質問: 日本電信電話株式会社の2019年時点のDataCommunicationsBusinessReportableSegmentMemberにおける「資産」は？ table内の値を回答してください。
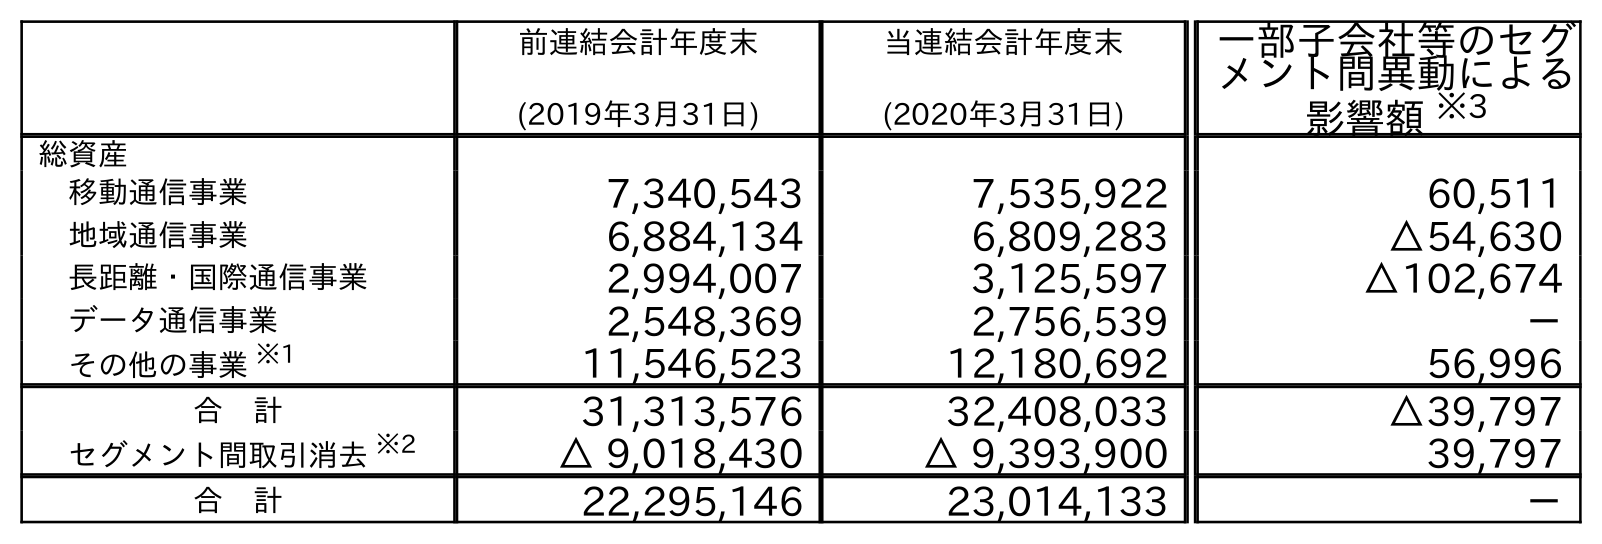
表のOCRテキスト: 前連結会計年度末 (2019年3月31日) 当連結会計年度末 (2020年3月31日) 一部子会社等のセグ メント間異動による 影響額 ※3 総資産 移動通信事業 7,340,543 7,535,922 60,511 地域通信事業 6,884,134 6,809,283 △54,630 長距離・国際通信事業 2,994,007 3,125,597 △102,674 データ通信事業 2,548,369 2,756,539 － その他の事業 ※1 11,546,523 12,180,692 56,996 合 計 31,313,576 32,408,033 △39,797 セグメント間取引消去 ※2 △ 9,018,430 △ 9,393,900 39,797 合 計 22,295,146 23,014,133 －
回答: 2,548,369